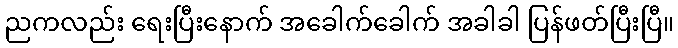
ညကလည်း ရေးပြီးနောက် အခေါက်ခေါက် အခါခါ ပြန်ဖတ်ပြီးပြီ။